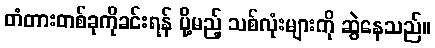
တံတားတစ်ခုကိုခင်းရန် ပို့မည့် သစ်လုံးများကို ဆွဲနေသည်။